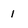
Character: 1